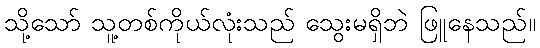
သို့သော် သူ့တစ်ကိုယ်လုံးသည် သွေးမရှိဘဲ ဖြူနေသည်။